Report on sanitation, dispensaries, and jails in Rajputana for 1915, and on vaccination for the year 1915-1916 - 1915-1916
Year: 1915
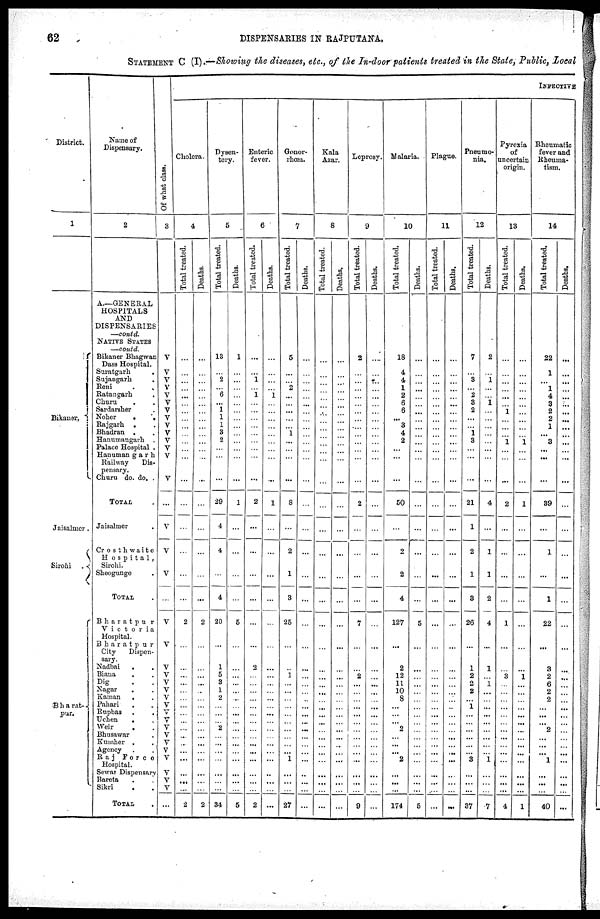
62
DISPENSARIES IN RAJPUTANA.
STATEMENT C (I).—Showing the diseases, etc., of the In-door patients treated in the State, Public, Local
District.
1
Bikaner
Jaisalmer .
Sirohi
Bharat¬
pur.
Name of
Dispensary.
2
A.—GENERAL
HOSPITALS
AND
DISPENSARIES
—contd.
NATIVE STATES
—contd.
Bikaner Bhagwan
Dass Hospital.
Suratgarh .
Sujangarh
.
Reni
.
.
Ratangarh
Churu . .
Sardarsher .
Noher
.
.
Rajgarh . .
Bhadran . .
Hanumangarh .
Palace Hospital .
Hanumangarh
Railway
Dis-
pensary.
Churu do. do. .
TOTAL
Jaisalmer
Crosthwaite
Hospital,
Sirohi.
Sheogunge
TOTAL
Bharatpur
Victoria
Hospital.
Bharatpur
City
Dispen-
sary.
Nadbai
. .
Biana . .
Dig . .
Nagar . .
Kaman . .
Pahari . .
Rupbas .
.
Uchen
. .
Weir . .
Bhusawar .
Kumher . .
Agency . .
Raj
Force
Hospital.
Sewai Dispensary
Bareta . .
Sikri . .
TOTAL
Of what class.
3
V
V
V
V
V
V
V
V
V
V
V
V
V
V
...
V
V
V
...
V
V
V
V
V
V
V
V
V
V
V
V
V
V
V
V
V
V
...
INFECTIVE
Cholera.
4
Total treated.
...
...
...
...
...
...
...
...
...
...
...
...
...
...
...
...
...
...
...
2
...
...
...
...
...
...
...
...
...
...
...
...
...
...
...
...
...
2
Deaths.
...
...
...
...
...
...
...
...
...
...
...
...
...
...
...
...
...
...
...
2
...
...
...
...
...
...
...
...
...
...
...
...
...
...
...
...
...
2
Dysen-
tery.
5
Total treated.
13
...
2
... 6
... 1
1
1
3
2
...
...
...
29
4
4
...
4
20
...
1
5
3
1
2
...
...
... 2
...
...
...
...
...
...
...
34
Deaths.
1
...
...
...
...
...
...
...
...
...
...
...
...
...
1
...
...
...
...
5
...
...
...
...
...
...
...
...
...
...
...
...
...
...
...
...
...
5
Enteric
fever.
6
Total treated.
...
...
1
...
1
...
...
...
...
...
...
...
...
...
2
...
...
...
...
...
...
2
...
...
...
...
...
...
...
...
...
...
...
...
...
...
...
2
Deaths.
...
...
...
...
1
...
...
...
...
...
...
...
...
...
1
...
...
...
...
...
...
...
...
...
...
...
...
...
...
...
...
...
...
...
...
...
...
...
Gonor-
rhœa.
7
Total treated.
5
...
...
2
...
...
...
...
...
1
...
...
...
...
8
...
2
1
3
25
...
... 1
...
...
...
...
...
...
...
...
...
...
1
...
...
...
27
Deaths.
...
...
...
...
...
...
...
...
...
...
...
...
...
...
...
...
...
...
...
...
...
...
...
...
...
...
...
...
...
...
...
...
...
...
...
...
...
...
Kala
Azar.
8
Total treated.
...
...
...
...
...
...
...
...
...
...
...
...
...
...
...
...
...
...
...
...
...
...
...
...
...
...
...
...
...
...
...
...
...
...
...
...
...
...
Deaths.
...
...
...
...
...
...
...
...
...
...
...
...
...
...
...
...
...
...
...
...
...
...
...
...
...
...
...
...
...
...
...
...
...
...
...
...
...
...
Leprosy.
9
Total treated.
2
...
...
...
...
...
...
...
...
...
...
...
...
...
2
...
...
...
...
7
...
... 2
...
...
...
...
...
...
...
...
...
...
...
...
...
...
9
Deaths.
...
...
...
...
...
...
...
...
...
...
...
...
...
...
...
...
...
...
...
...
...
...
...
...
...
...
...
...
...
...
...
...
...
...
...
...
...
...
Malaria.
10
Total treated.
18
4
4
1
2
6
6
...
3
4
2
...
...
...
50
...
2
2
4
127
...
2
12
11
10
8
...
...
... 2
...
...
...
2
...
...
...
174
Deaths.
...
...
...
...
...
...
...
...
...
...
...
...
...
...
...
...
...
...
...
5
...
...
...
...
...
...
...
...
...
...
...
...
...
...
...
...
...
5
Plague.
11
Total treated.
...
...
...
...
...
...
...
...
...
...
...
...
...
...
...
...
...
...
...
...
...
...
...
...
...
...
...
...
...
...
...
...
...
...
...
...
...
...
Deaths.
...
...
...
...
...
...
...
...
...
...
...
...
...
...
...
...
...
...
...
...
...
...
...
...
...
...
...
...
...
...
...
...
...
...
...
...
...
...
Pneumo-
nia.
12
Total treated.
7
...
3
... 2
8
2
...
...
1
3
...
...
...
21
1
2
1
8
26
...
1
2
2
2
... 1
...
...
...
...
...
...
3
...
...
...
37
Deaths.
2
...
1
...
...
1
...
...
...
...
...
...
...
...
4
...
1
1
2
4
...
1
... 1
...
...
...
...
...
...
...
...
...
1
...
...
...
7
Pyrexia
of
uncertain
origin.
13
Total treated.
...
...
...
...
...
... 1
...
...
...
1
...
...
...
2
...
...
...
...
1
...
... 3
...
...
...
...
...
...
...
...
...
...
...
...
...
...
4
Deaths.
...
...
...
...
...
...
...
...
...
...
1
...
...
...
1
...
...
...
...
...
...
... 1
...
...
...
...
...
...
...
...
...
...
...
...
...
...
1
Rheumatic
fever and
Rheuma-
tism.
14
Total treated.
22
1
...
1
4
3
2
2
1
... 3
...
...
...
39
...
1
...
1
22
...
3
2
6
2
2
...
...
... 2
...
...
...
1
...
...
...
40
Deaths.
...
...
...
...
...
...
...
...
...
...
...
...
...
...
...
...
...
...
...
...
...
...
...
...
...
...
...
...
...
...
...
...
...
...
...
...
...